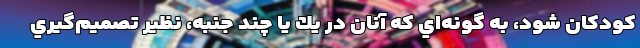
كودكان شود، به گونه‌اي كه آنان در يك يا چند جنبه، نظير تصميم‌گيري